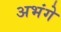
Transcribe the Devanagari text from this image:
अभंगे